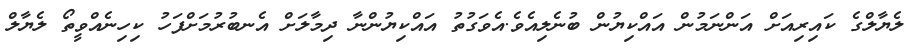
ލެޔާލްގެ ކައިރިއަށް އަންނަމުން އައްކިޔުން ބުނެލިއެވެ.އެވަގުތު އައްކިޔުންނާ ދިމާލަށް އެނބުރުމަށްފަހު ކިހިނެއްވީތޯ ލެޔާލް